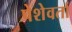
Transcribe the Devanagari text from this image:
पेशेवर्ता